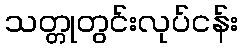
သတ္တုတွင်းလုပ်ငန်း